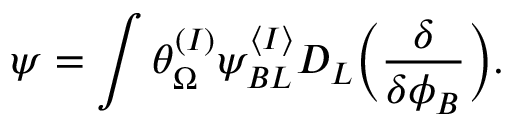
\psi = \int \theta _ { \Omega } ^ { ( I ) } \psi _ { B L } ^ { \langle I \rangle } D _ { L } \biggl ( { \frac { \delta } { \delta \phi _ { B } } } \biggr ) .